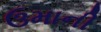
ઉમાની